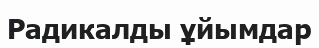
Радикалды ұйымдар